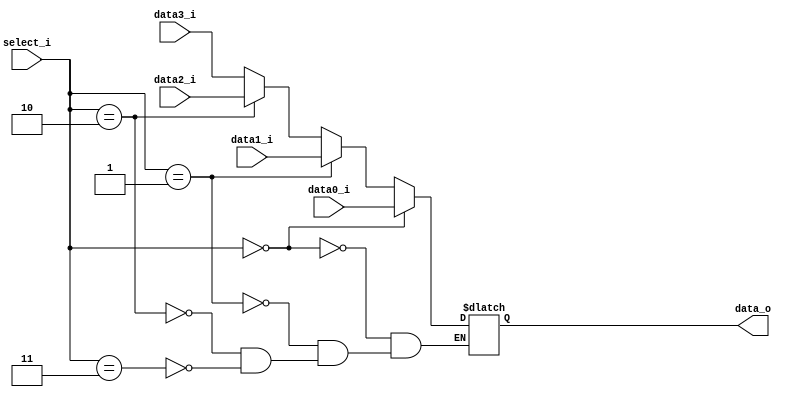
`timescale 1ns / 1ps
//////////////////////////////////////////////////////////////////////////////////
// Company: 
// Engineer: 
// 
// Design Name: 	0316056_g 0316038_@
// Module Name:    Mux_4to1 
// Project Name: 
// Target Devices: 
// Tool versions: 
// Description: 
//
// Dependencies: 
//
// Revision: 
// Revision 0.01 - File Created
// Additional Comments: 
//
//////////////////////////////////////////////////////////////////////////////////
module Mux_4to1(
		data0_i,
		data1_i,
		data2_i,
		data3_i,
		select_i,
		data_o
    );
input    data0_i;          
input    data1_i;
input    data2_i;
input    data3_i;
input   [1:0]  select_i;
output   data_o; 

//Internal Signals
reg     data_o;

//Main function
always@(*)  begin
	if(select_i == 0)begin   
		data_o <= data0_i;
	end else if(select_i == 1)begin
		data_o <= data1_i;
	end else if(select_i == 2)begin
		data_o <= data2_i;
	end else if(select_i == 3) begin
		data_o <= data3_i;
	end
end
endmodule